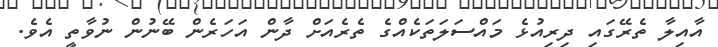
އާއިލާ ތެރޭގައި ދިރިއުޅެ މައްސަލަތަކެއްގެ ތެރެއަށް ދާން އަހަރެން ބޭނުން ނުވާތީ އެވެ.